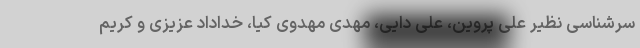
سرشناسی نظیر علی پروین، علی دایی، مهدی مهدوی کیا، خداداد عزیزی و کریم